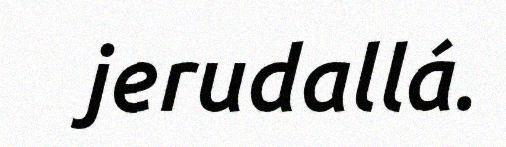
jerudallá.